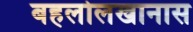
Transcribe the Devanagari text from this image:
बहलोलखानास